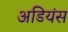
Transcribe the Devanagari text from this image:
अडियंस